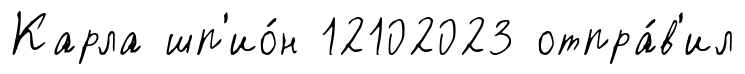
Карла шп'ио́н 12102023 отпра́в'ил